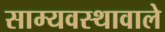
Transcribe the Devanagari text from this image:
साम्यवस्थावाले